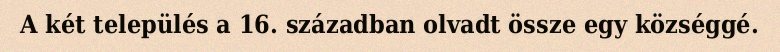
A két település a 16. században olvadt össze egy községgé.